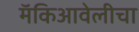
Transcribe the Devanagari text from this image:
मॅकिआवेलीचा